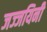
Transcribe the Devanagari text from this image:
जज्जयिनी